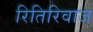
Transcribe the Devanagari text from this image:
रितिरिवाज